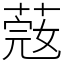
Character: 𦶲